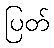
ပြတ်